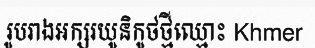
រូបរាងអក្សរយូនិកូថថ្មីឈ្មោះ Khmer